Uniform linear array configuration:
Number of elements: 16
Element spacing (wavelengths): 0.5
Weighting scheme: cosine
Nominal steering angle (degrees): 15
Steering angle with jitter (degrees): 14.836
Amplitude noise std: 0.05
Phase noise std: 0.05

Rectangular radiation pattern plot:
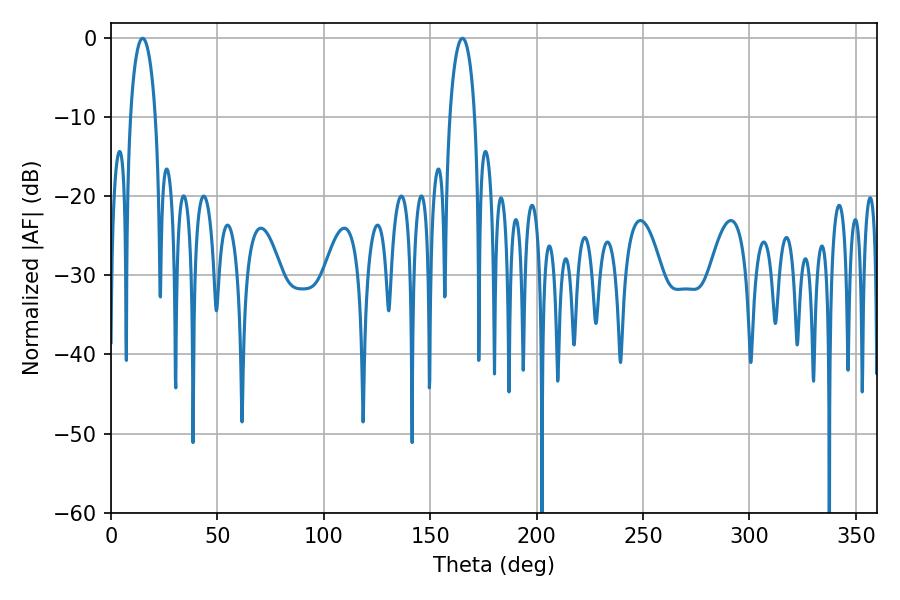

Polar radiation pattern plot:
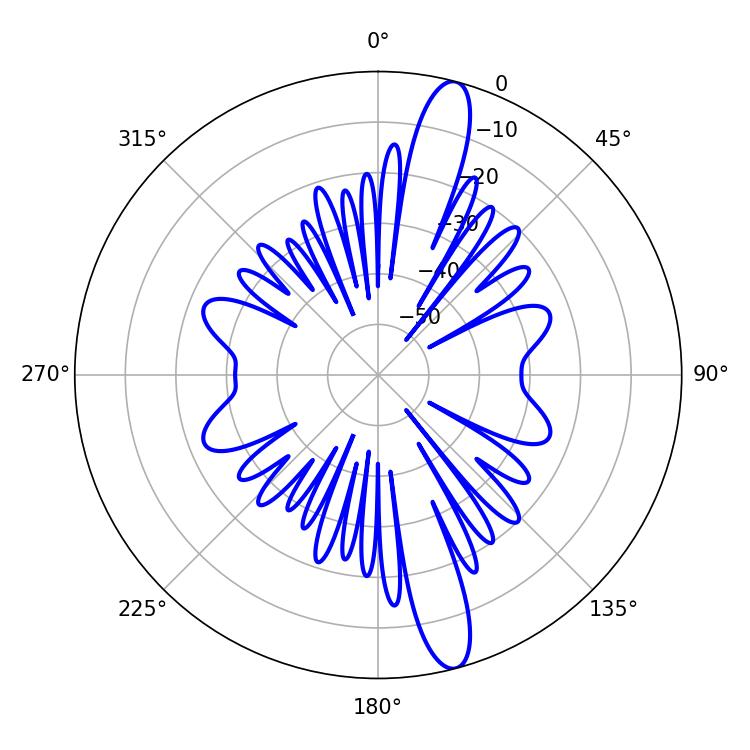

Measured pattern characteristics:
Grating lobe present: FALSE
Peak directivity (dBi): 14.821
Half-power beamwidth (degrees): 6.66
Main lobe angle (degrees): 14.94